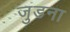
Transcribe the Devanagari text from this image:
जुडना